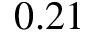
0 . 2 1